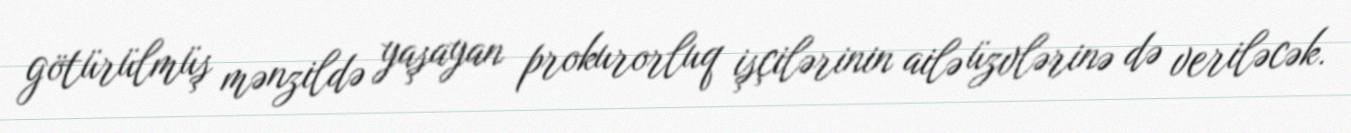
götürülmüş mənzildə yaşayan prokurorluq işçilərinin ailə üzvlərinə də veriləcək.